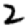
Digit: 2